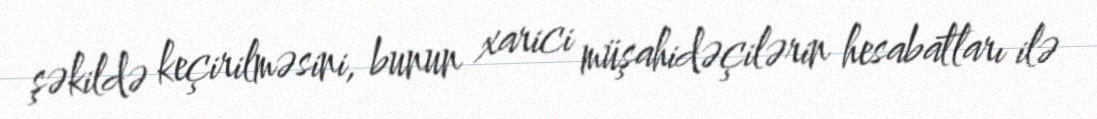
şəkildə keçirilməsini, bunun xarici müşahidəçilərin hesabatları ilə